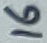
Text: 16